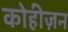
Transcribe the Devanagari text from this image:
कोहीज़न